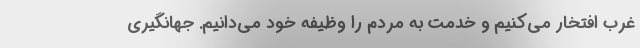
غرب افتخار می‌کنیم و خدمت به مردم را وظیفه خود می‌دانیم. جهانگیری